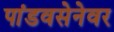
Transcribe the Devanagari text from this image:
पांडवसेनेवर